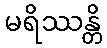
မရိဿန္တိ